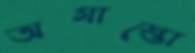
অগাস্তো